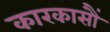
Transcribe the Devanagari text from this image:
कारकासौं